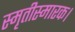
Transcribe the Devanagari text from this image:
स्मृतीस्मारक।